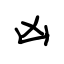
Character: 凶